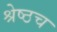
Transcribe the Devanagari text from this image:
श्रेष्ठच